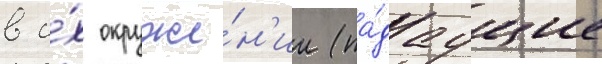
в и́х окруже́н'ии (па́даущие